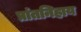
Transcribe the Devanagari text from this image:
प्रांतनिहाय